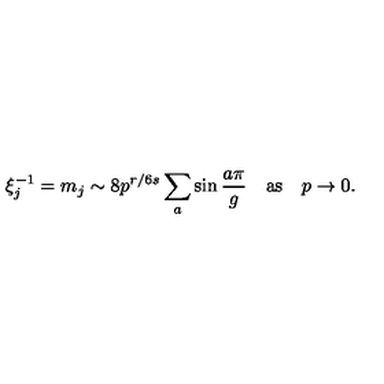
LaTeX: \xi _ { j } ^ { - 1 } = m _ { j } \sim 8 p ^ { r / 6 s } \sum _ { a } \sin \frac { a \pi } { g } \quad \mathrm { a s } \quad p \to 0 .